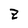
Character: z